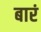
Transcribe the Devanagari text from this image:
बारं